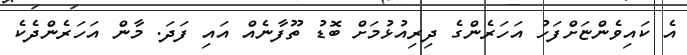
އެ ކައިވެންޏަށްފަހު އަހަރެންގެ ދިރިއުޅުމަށް ބޮޑު ތޫފާނެއް އައި ފަދަ. މާން އަހަރެންދެކެ